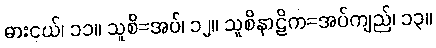
ဓားငယ်၊ ၁၁။ သူစိ=အပ်၊ ၁၂။ သူစိနာဠိက=အပ်ကျည်၊ ၁၃။